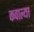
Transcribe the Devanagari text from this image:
कवाल्या